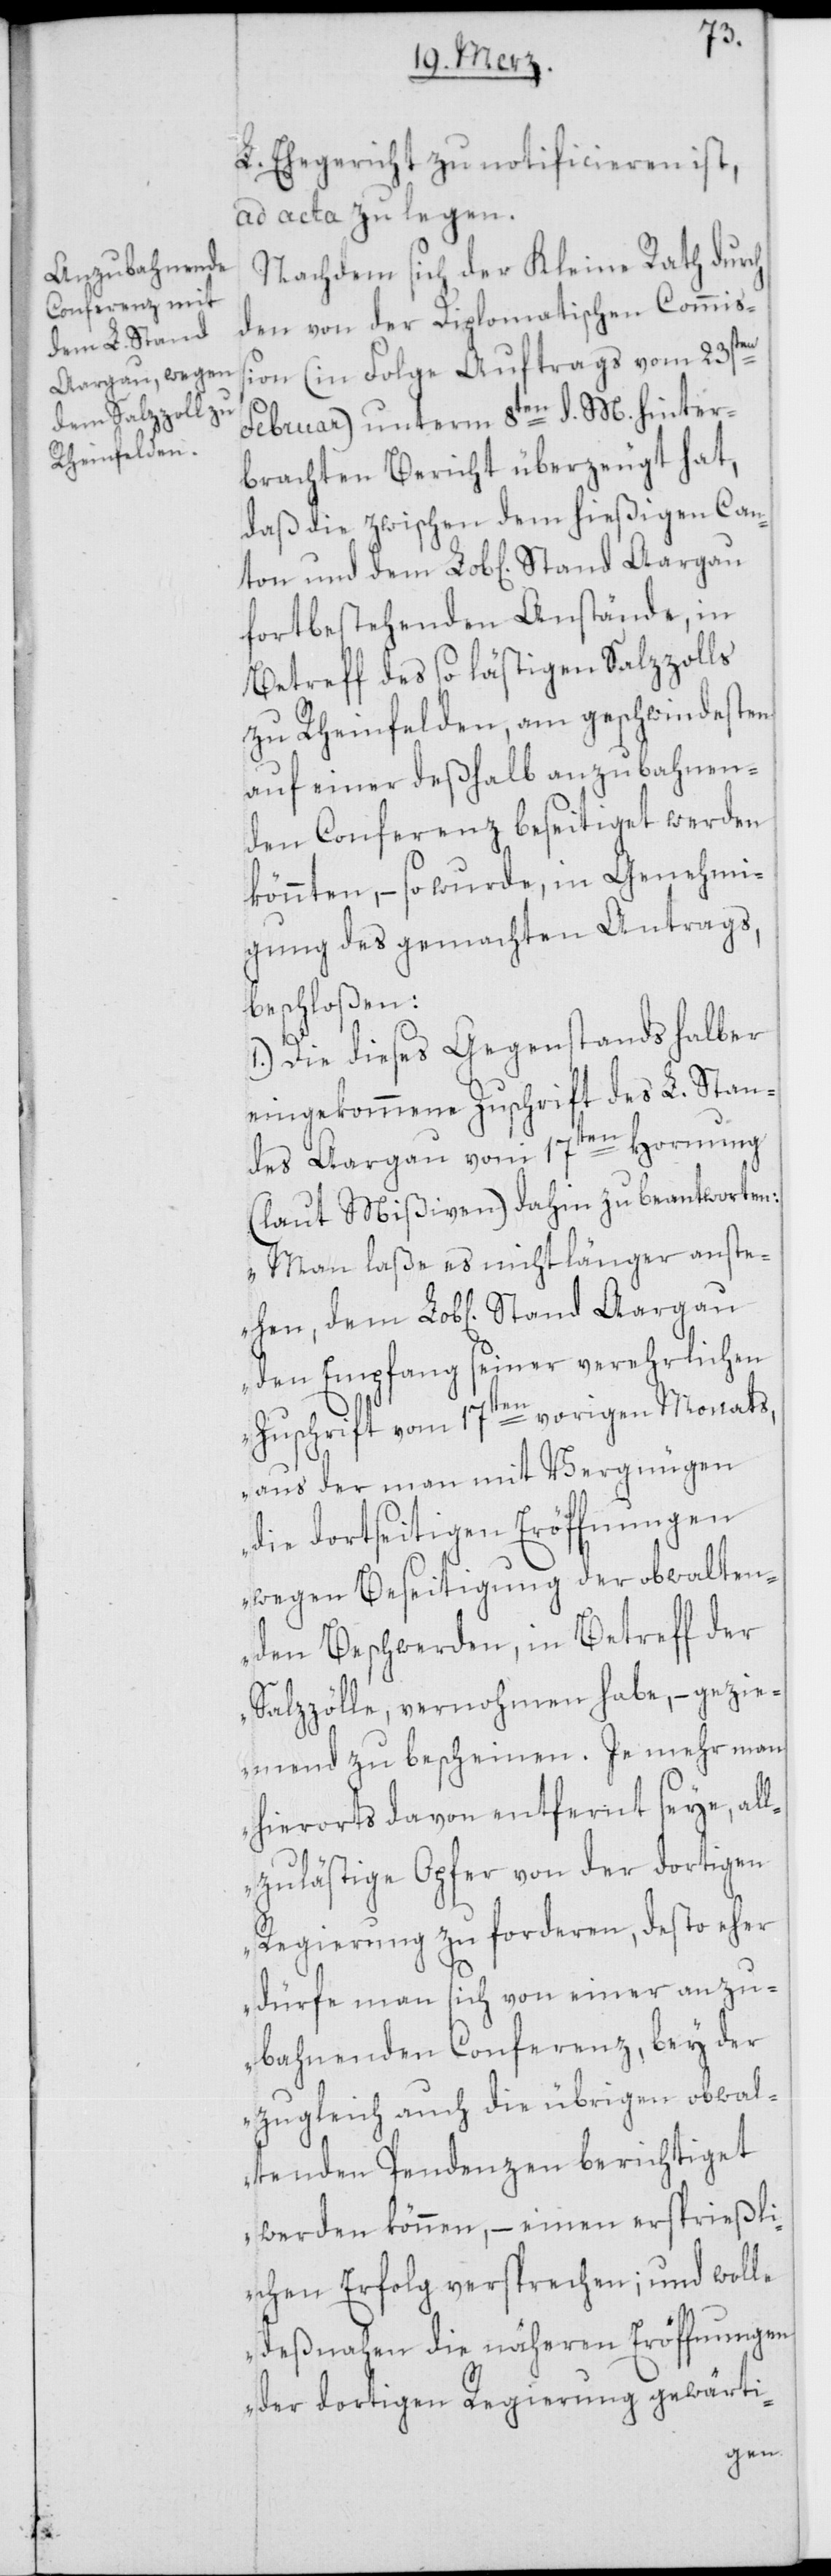
L. Ehegericht zu notificieren ist,
ad acta zu legen.
Nachdem sich der Kleine Rath durch
den von der Diplomatischen Commiß¬
ion (in Folge Auftrags vom 23sten
Februar) unterm 8ten d. M. hinter¬
brachten Bericht überzeugt hat,
daß die zwischen dem hießigen Can¬
ton und dem Lob[lichen] Stand Aargau
fortbestehenden Anstände, in
Betreff des so lästigen Salzzolls
zu Rheinfelden, am geschwindesten
auf einer deßhalb anzubahnen¬
den Conferenz beseitiget werden
könnten, – so wurde, in Genehmi¬
gung des gemachten Antrags,
beschloßen:
1.) Die dieses Gegenstands halber
eingekommene Zuschrift des L. Stan¬
des Aargau vom 17ten Hornung
(laut Mißiven) dahin zu beantworten:
„Man laße es nicht länger anste¬
den Empfang seiner verehrlichen
Zuschrift vom 17ten vorigen Monats,
aus der man mit Vergnügen
die dortseitigen Eröffnungen
wegen Beseitigung der obwalten¬
den Beschwerden, in Betreff der
Salzzölle, vernohmen habe, – gezie¬
mend zu bescheinen. Je mehr man
hierorts davon entfernt seye, all¬
zu lästige Opfer von der dortigen
Regierung zu forderen, desto eher
dürfe man sich von einer anzu¬
bahnenden Conferenz, bey der
zugleich auch die übrigen obwal¬
tenden Pendenzen berichtiget
werden können, – einen ersprießli¬
chen Erfolg versprechen; und wolle
deßnahen die näheren Eröffnungen
der dortigen Regierung gewärti-
hen,